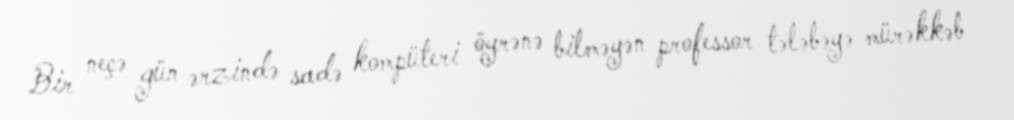
Bir neçə gün ərzində sadə kompüteri öyrənə bilməyən professor tələbəyə mürəkkəb